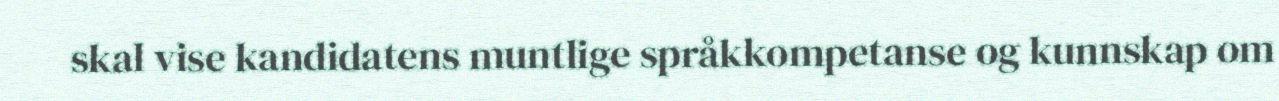
skal vise kandidatens muntlige språkkompetanse og kunnskap om